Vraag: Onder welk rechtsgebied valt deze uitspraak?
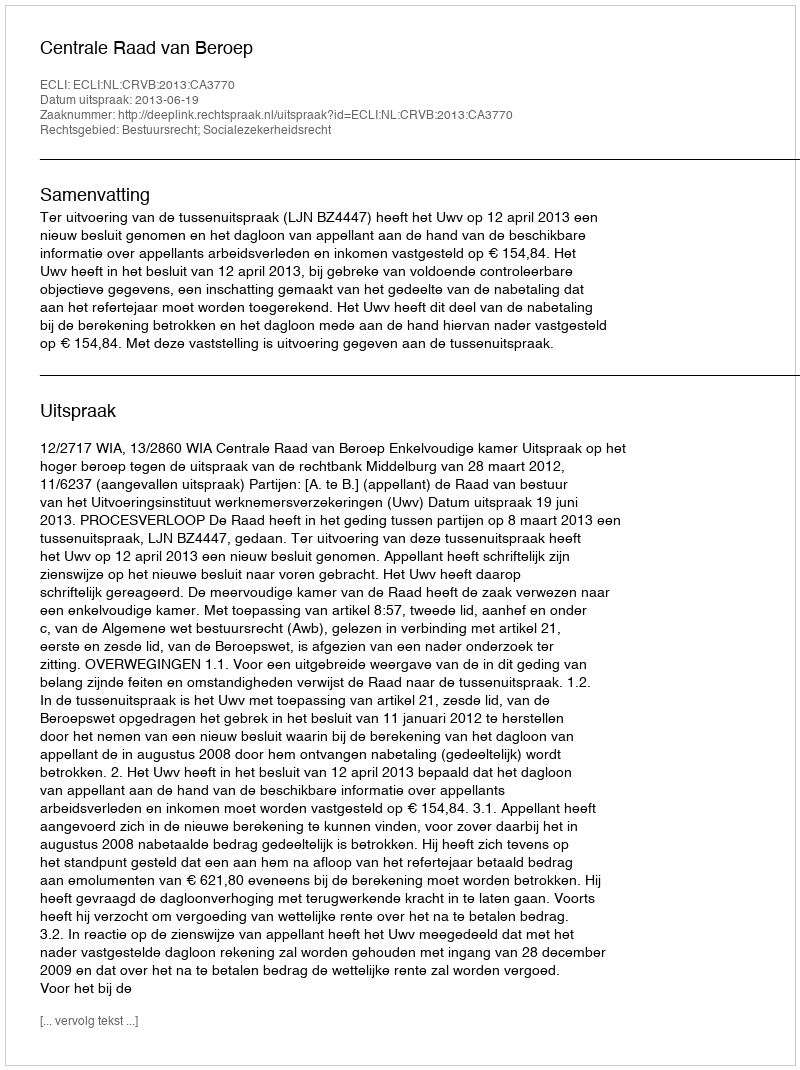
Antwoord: Bestuursrecht; Socialezekerheidsrecht